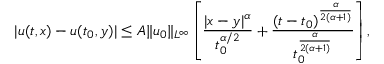
| u ( t , x ) - u ( t _ { 0 } , y ) | \leq A \| u _ { 0 } \| _ { L ^ { \infty } } \left[ \frac { | x - y | ^ { \alpha } } { t _ { 0 } ^ { \alpha / 2 } } + \frac { ( t - t _ { 0 } ) ^ { \frac { \alpha } { 2 ( \alpha + 1 ) } } } { t _ { 0 } ^ { \frac { \alpha } { 2 ( \alpha + 1 ) } } } \right] ,